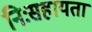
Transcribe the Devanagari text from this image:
निःसहायता